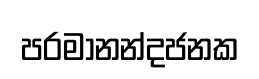
පරමානන්දජනක